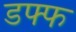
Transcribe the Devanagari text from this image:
डफ्फ